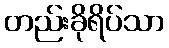
တည်းခိုရိပ်သာ